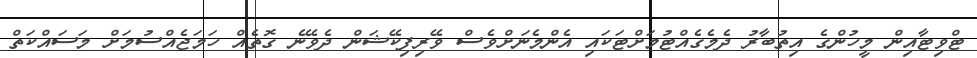
ޓްވިޓާއިން މީހުންގެ އިތުބާރު ދެމެގެއްޓުމަށްޓަކައި އެންމެނަށްވެސް ވޭރިފިކޭޝަން ދެވޭނެ ގޮތެއް ހަމަޖެއްސުމަށް މަސައްކަތް